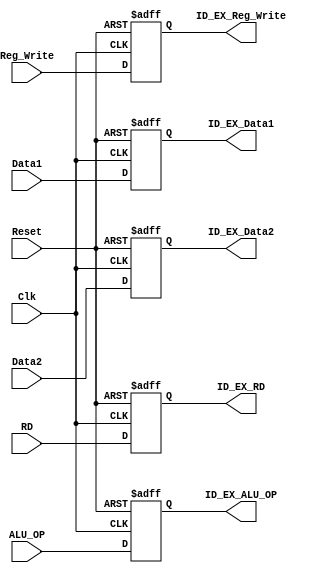
`timescale 1ns / 1ps
//////////////////////////////////////////////////////////////////////////////////
// Company: 
// Engineer: 
// 
// Design Name: 
// Module Name:    ID_EX_Reg 
// Project Name: 
// Target Devices: 
// Tool versions: 
// Description: 
//
// Dependencies: 
//
// Revision: 
// Revision 0.01 - File Created
// Additional Comments: 
//
//////////////////////////////////////////////////////////////////////////////////
module ID_EX_Reg(
input Clk,
input Reset,

input Reg_Write,
input ALU_OP,
input[7:0] Data1,
input[7:0] Data2,
input[2:0] RD,

output reg ID_EX_Reg_Write,
output reg ID_EX_ALU_OP,
output reg[7:0] ID_EX_Data1,
output reg[7:0] ID_EX_Data2,
output reg[2:0] ID_EX_RD
    );

always@(posedge Clk,negedge Reset)
begin
	if(Reset == 0)
	begin

	ID_EX_Reg_Write <= 0;
	ID_EX_ALU_OP <= 0;
	ID_EX_Data1 <= 0;
	ID_EX_Data2 <= 0;
	ID_EX_RD <= 0;

	end
	
	else
	begin

	ID_EX_Reg_Write <= Reg_Write;
	ID_EX_ALU_OP <= ALU_OP;
	ID_EX_Data1 <= Data1;
	ID_EX_Data2 <= Data2;
	ID_EX_RD <= RD;

	end

end

endmodule